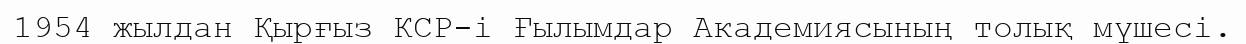
1954 жылдан Қырғыз КСР-і Ғылымдар Академиясының толық мүшесі.